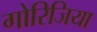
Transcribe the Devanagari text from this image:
गोरिजिया